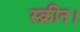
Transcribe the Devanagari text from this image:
स्क्रीन।